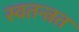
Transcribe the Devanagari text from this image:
स्वतन्त्रत